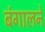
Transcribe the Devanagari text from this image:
बंगालने